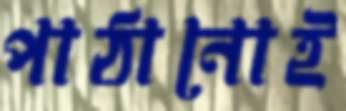
পাঠানোই